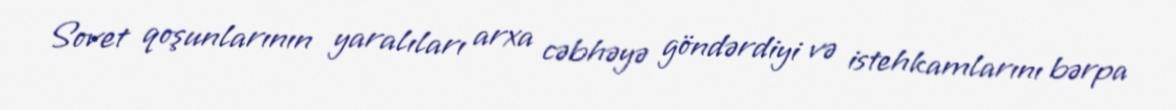
Sovet qoşunlarının yaralıları arxa cəbhəyə göndərdiyi və istehkamlarını bərpa